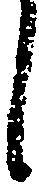
し